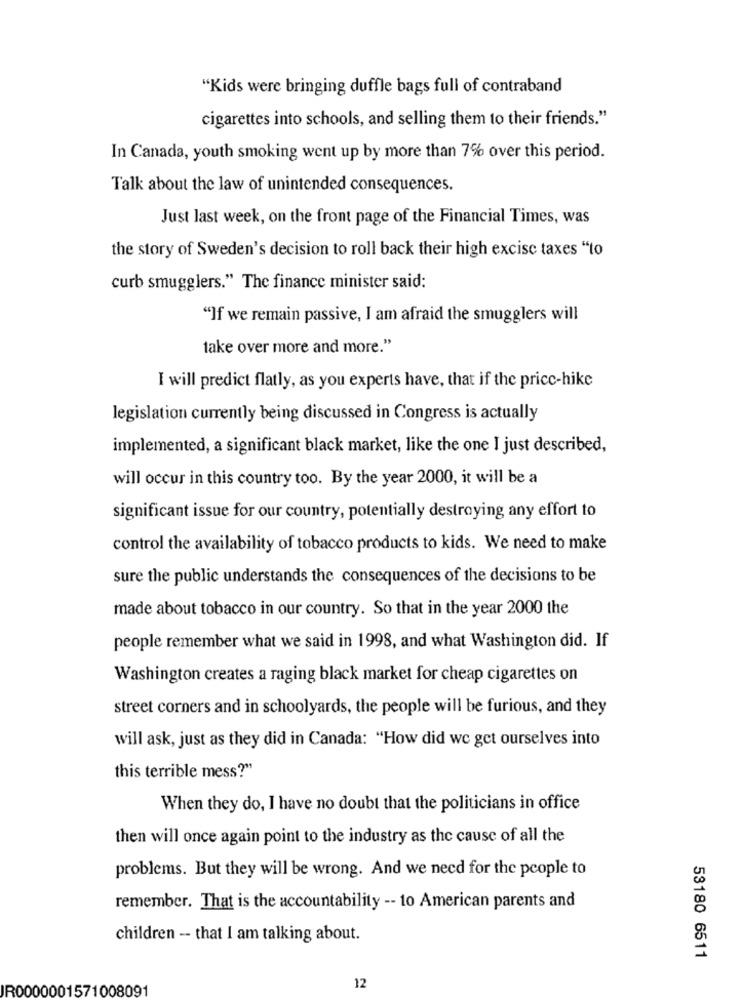
"Kids were bringing duffle bags full of contraband
cigarettes into schools, and selling them to their friends."
In Canada, youth smoking went up by more than 7% over this period.
Talk about the law of unintended consequences.
Just last week, on the front page of the Financial Times, was
the story of Sweden's decision to roll back their high excise taxes "to
curb smugglers." The finance minister said:
"If we remain passive, I am afraid the smugglers will
take over more and more."
I will predict flatly, as you experts have, that if the price-hike
legislation currently being discussed in Congress is actually
implemented, a significant black market, like the one I just described,
will occur in this country too. By the year 2000, it will be a
significant issue for our country, potentially destroying any effort to
control the availability of tobacco products to kids. We need to make
sure the public understands the consequences of the decisions to be
made about tobacco in our country. So that in the year 2000 the
people remember what we said in 1998, and what Washington did. If
Washington creates a raging black market for cheap cigarettes on
street corners and in schoolyards, the people will be furious, and they
will ask, just as they did in Canada: "How did we get ourselves into
this terrible mess?"
When they do, I have no doubt that the politicians in office
then will once again point to the industry as the cause of all the
problems. But they will be wrong. And we need for the people to
remember. That is the accountability -- to American parents and
children -- that I am talking about.
53180 6511
R0000001571008091
12